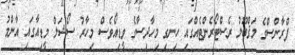
ފްރާންސްގެ މަޤްބޫލު ރެސްޓޯރެންޓެއްގައި ހިނގި މިހާދިސާގެ ވީޑިއޯވެސް މިހާރު ސޯޝަލް މީޑިއާގައި އާންމު